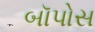
બૉપોસ